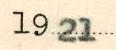
1921